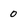
Character: 0